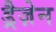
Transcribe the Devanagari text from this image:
ड्रैज़ेन